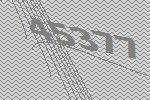
45377